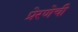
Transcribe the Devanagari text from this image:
प्रेरणेची